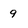
Character: 9